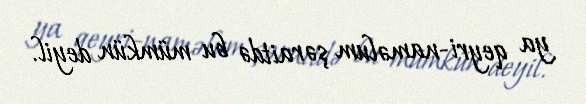
ya qeyri-naməlum şəraitdə bu mümkün deyil.